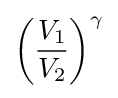
\left({\frac {V_{1}}{V_{2}}}\right)^{\gamma }